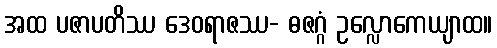
အထ ပဇာပတိဿ ဒေဝရာဇဿ- ဓဇဂ္ဂံ ဥလ္လောကေယျာထ။